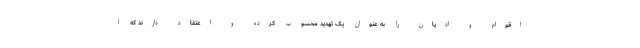
اقوام و ادیان را به عنوان یک تهدید محسوب کرده و اعتقاد دارند که ا